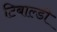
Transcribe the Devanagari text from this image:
टिबाल्डी